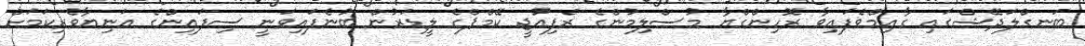
ބަނގްލަދޭޝްގައި ގާއިމްވެފައިވާ ރޮހިންގްޔާ މުސްލިމުންގެ ރެފިއުޖީ ކޭމްޕްގެ ލީޑަރުން ބުނެފައިވަނީ ސިފައިންގެ އަނިޔާވެރިކަމަށް